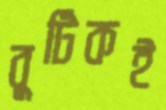
বুটিকই